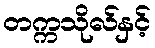
တက္ကသိုလ်နှင့်